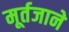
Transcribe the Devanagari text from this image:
मूर्तजाने